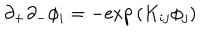
\partial _ { + } \partial _ { - } \phi _ { i } = - { \exp { ( K _ { i j } \phi _ { j } ) } }